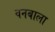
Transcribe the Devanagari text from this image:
वनबाला